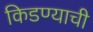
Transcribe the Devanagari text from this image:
किडण्याची